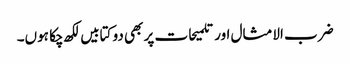
ضرب الامثال اور تلمیحات پر بھی دو کتابیں لکھ چکا ہوں۔